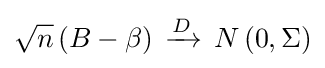
{\sqrt {n}}\left(B-\beta \right)\,\xrightarrow {D} \,N\left(0,\Sigma \right)